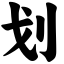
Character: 划